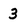
Character: 3